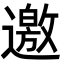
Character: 邀